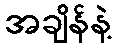
အချိန်နဲ့